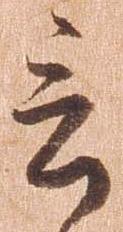
言